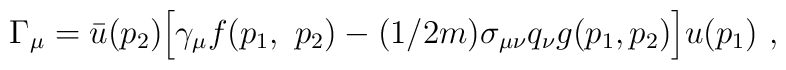
\Gamma_{\mu} = \bar{u}(p_2)\Big[ \gamma_{\mu}  f(p_1,~p_2) -  (1/2m)\sigma_{\mu \nu}  q_{\nu} g(p_1, p_2) \Big] u(p_1) ~,